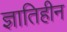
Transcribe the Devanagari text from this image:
ज्ञातिहीन